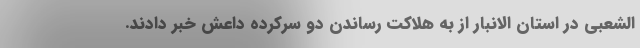
الشعبی در استان الانبار از به هلاکت رساندن دو سرکرده داعش خبر دادند.